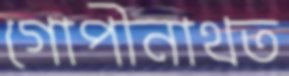
গোপীনাথত